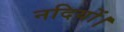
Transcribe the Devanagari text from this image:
नदियों।